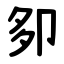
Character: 卶